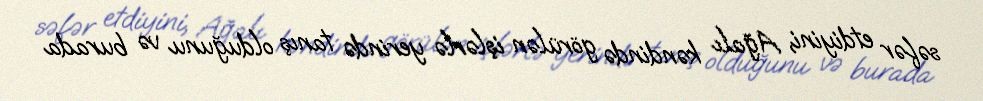
səfər etdiyini, Ağalı kəndində görülən işlərlə yerində tanış olduğunu və burada